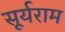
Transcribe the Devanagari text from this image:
सूर्यराम